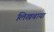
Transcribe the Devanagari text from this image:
लिखबाया